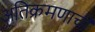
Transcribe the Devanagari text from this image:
अतिक्रमणाची